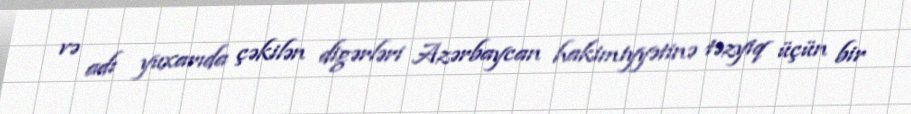
və adı yuxarıda çəkilən digərləri Azərbaycan hakimiyyətinə təzyiq üçün bir